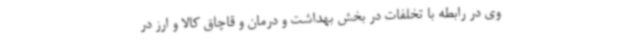
وی در رابطه با تخلفات در بخش بهداشت و درمان و قاچاق کالا و ارز در